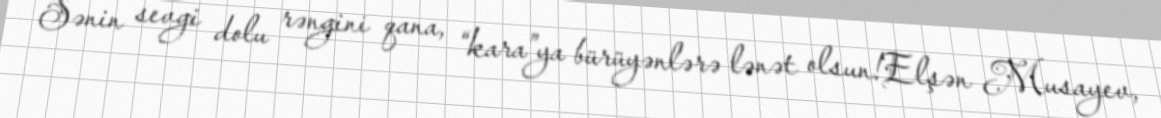
Sənin sevgi dolu rəngini qana, “kara”ya bürüyənlərə lənət olsun!Elşən Musayev,